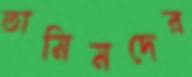
তামিমদের